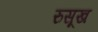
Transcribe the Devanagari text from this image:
रुसूख